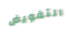
التفويض